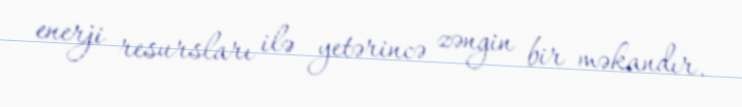
enerji resursları ilə yetərincə zəngin bir məkandır.